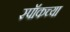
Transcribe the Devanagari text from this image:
स्पॉकच्या